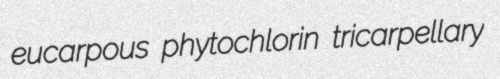
eucarpous phytochlorin tricarpellary